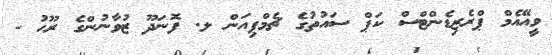
ވީއޭއެމް ޕްރެޒިޑެންޓްސް ކަޕް ސައުތުގެ ޗެމްޕިއަން ލ. ފޮނަދޫ ޒުވާނުންގެ ރޫހު -